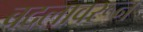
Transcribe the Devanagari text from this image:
बदलावरून